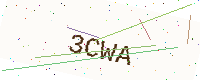
Text: 3CWA